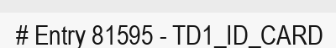
# Entry 81595 - TD1_ID_CARD